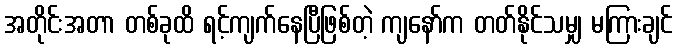
အတိုင်းအတာ တစ်ခုထိ ရင့်ကျက်နေပြီဖြစ်တဲ့ ကျနော်က တတ်နိုင်သမျှ မကြားချင်